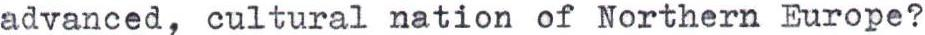
advanced, cultural nation of Northern Europe?